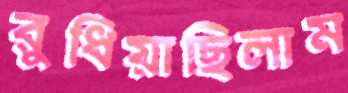
রুধিয়াছিলাম